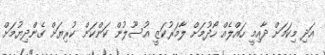
އަދި މިކަމަށް ދާއިމީ ހައްލެއް ހޯދުމަށް ލާމަރުކަޒީ އުސޫލުން ކަންކަން ކުރިޔަށް ގެންދިޔުމަށް